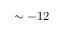
\sim - 1 2